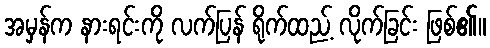
အမှန်က နားရင်းကို လက်ပြန် ရိုက်ထည့် လိုက်ခြင်း ဖြစ်၏။